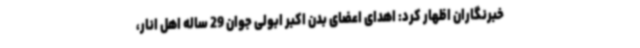
خبرنگاران اظهار کرد: اهدای اعضای بدن اکبر ابولی جوان 29 ساله اهل انار،